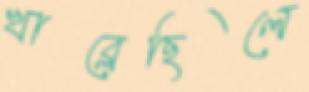
খাব্‌লেছিলে